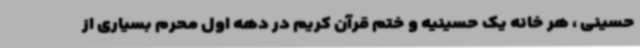
حسینی ، هر خانه یک حسینیه و ختم قرآن کریم در دهه اول محرم بسیاری از